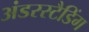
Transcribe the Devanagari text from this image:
अंडरस्टैडिंग